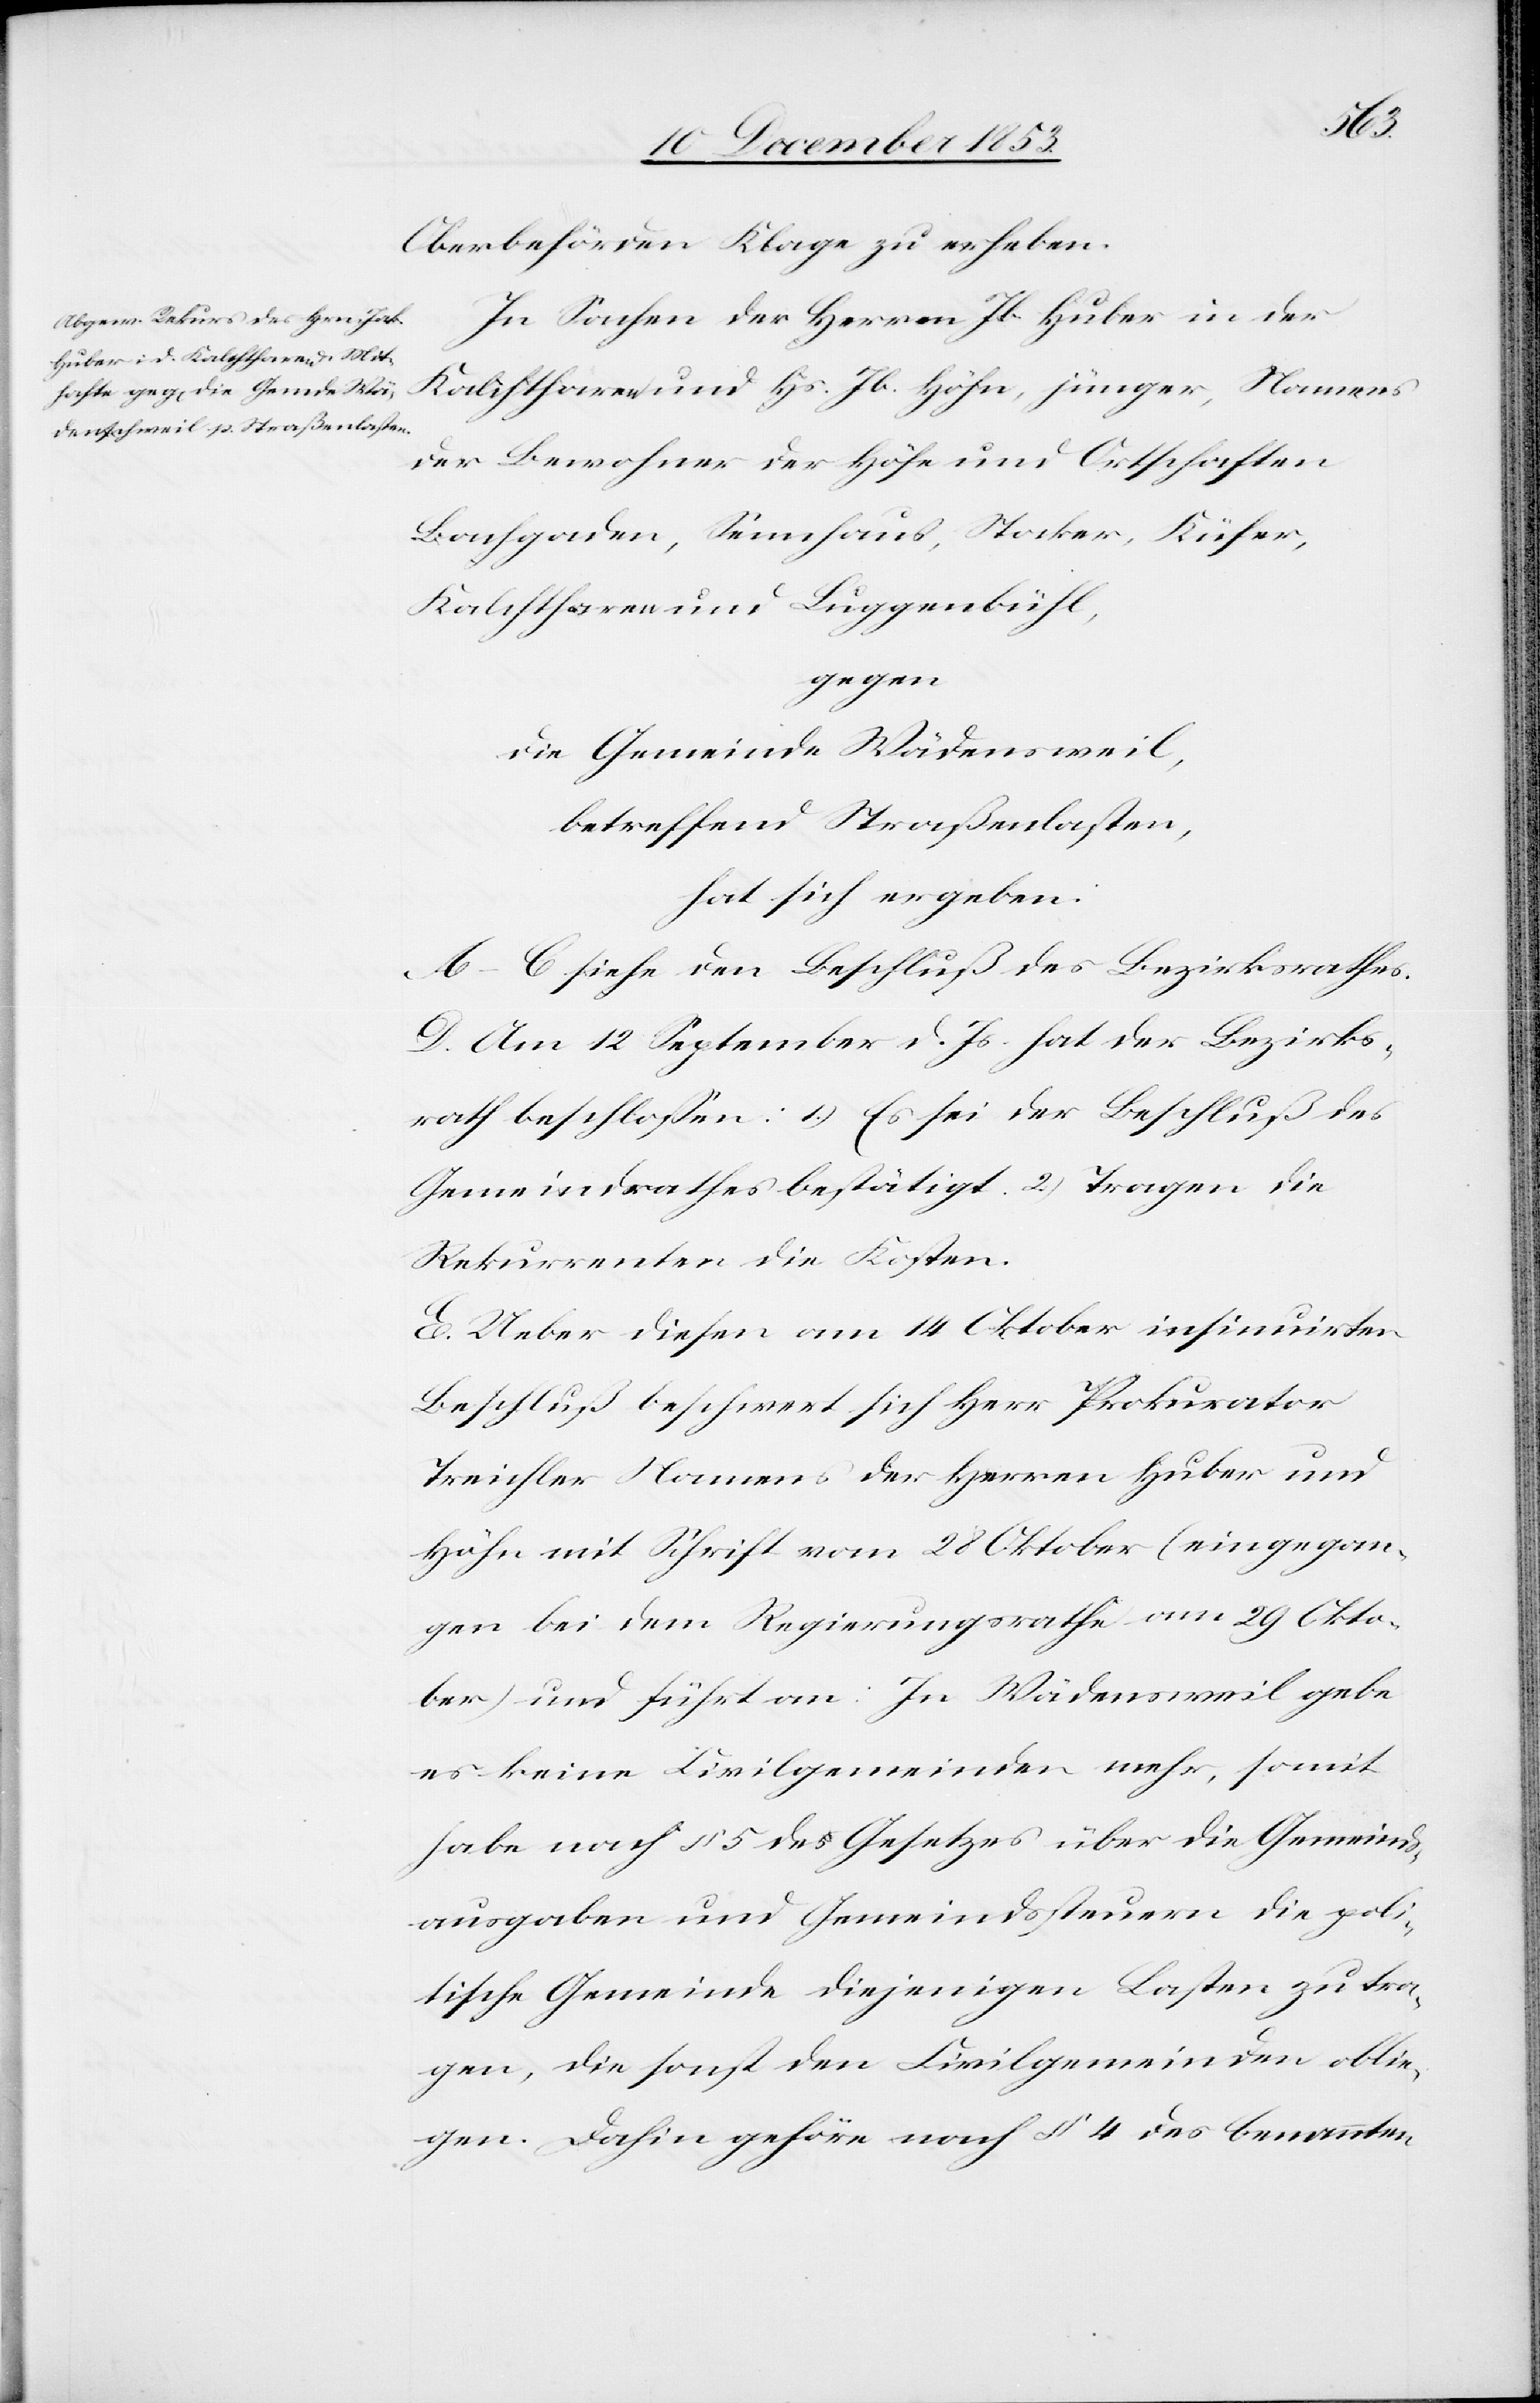
Oberbehörden Klage zu erheben.
In Sachen der Herren Jb. Huber in der
Kalihtharen und Hs. Jb. Höhn, jünger, Namens
der Bewohner der Höfe und Ortschaften
Bachgaden, Sennhaus, Stocker, Küfer,
Kalihtharen und Luggenbühl,
gegen
die Gemeinde Wädensweil,
betreffend Straßenlasten,
hat sich ergeben:
A–C. siehe den Beschluß des Bezirksrathes.
D. Am 12 September d. Js. hat der Bezirks¬
rath beschloßen: 1.) Es sei der Beschluß des
Gemeindrathes bestätigt. 2.) Tragen die
Rekurrenten die Kosten.
E. Ueber diesen am 14 Oktober insinuirten
Beschluß beschwert sich Herr Prokurator
Treichler Namens der Herren Huber und
Höhn mit Schrift vom 28 Oktober (eingegan¬
gen bei dem Regierungsrathe am 29 Okto¬
ber) und führt an: In Wädensweil gebe
es keine Civilgemeinden mehr, somit
haben nach § 5 des Gesetzes über die Gemeinds¬
ausgaben und Gemeindssteuern die poli¬
tische Gemeinde diejenigen Lasten zu tra¬
gen, die sonst den Civilgemeinden oblie¬
gen. Dahin gehöre nach § 4 des benannten